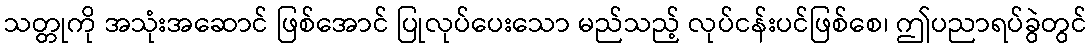
သတ္တုကို အသုံးအဆောင် ဖြစ်အောင် ပြုလုပ်ပေးသော မည်သည့် လုပ်ငန်းပင်ဖြစ်စေ၊ ဤပညာရပ်ခွဲတွင်